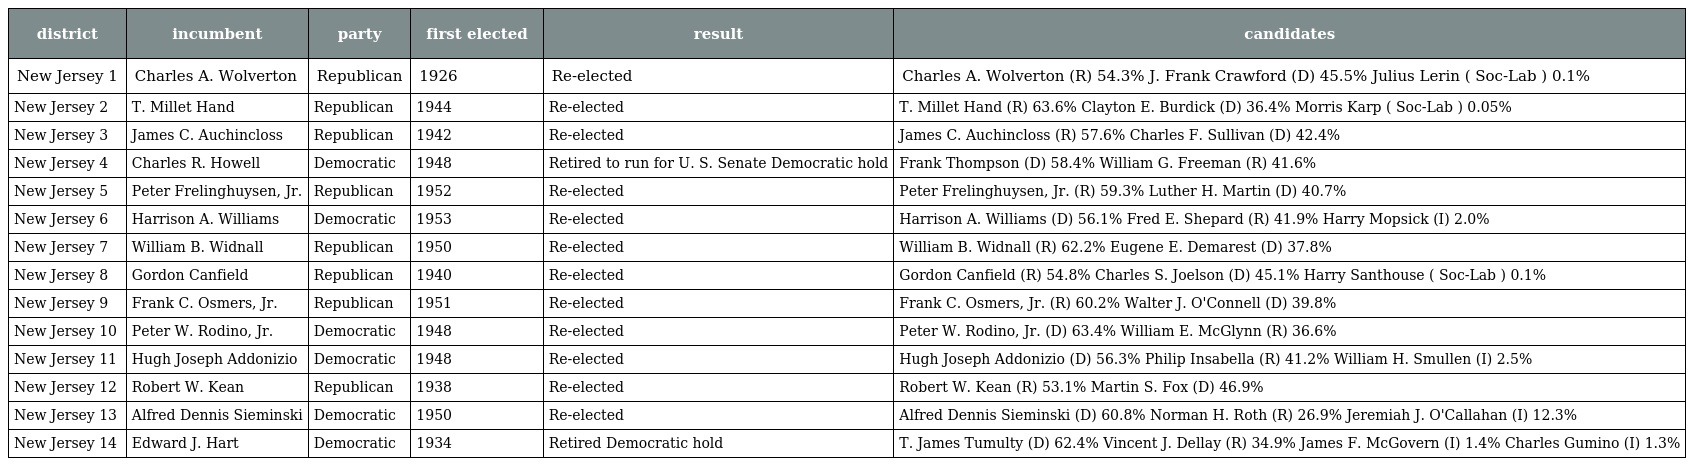
| district | incumbent | party | first elected | result | candidates |
 | --- | --- | --- | --- | --- | --- |
 | New Jersey 1 | Charles A. Wolverton | Republican | 1926 | Re-elected | Charles A. Wolverton (R) 54.3% J. Frank Crawford (D) 45.5% Julius Lerin ( Soc-Lab ) 0.1% |
 | New Jersey 2 | T. Millet Hand | Republican | 1944 | Re-elected | T. Millet Hand (R) 63.6% Clayton E. Burdick (D) 36.4% Morris Karp ( Soc-Lab ) 0.05% |
 | New Jersey 3 | James C. Auchincloss | Republican | 1942 | Re-elected | James C. Auchincloss (R) 57.6% Charles F. Sullivan (D) 42.4% |
 | New Jersey 4 | Charles R. Howell | Democratic | 1948 | Retired to run for U. S. Senate Democratic hold | Frank Thompson (D) 58.4% William G. Freeman (R) 41.6% |
 | New Jersey 5 | Peter Frelinghuysen, Jr. | Republican | 1952 | Re-elected | Peter Frelinghuysen, Jr. (R) 59.3% Luther H. Martin (D) 40.7% |
 | New Jersey 6 | Harrison A. Williams | Democratic | 1953 | Re-elected | Harrison A. Williams (D) 56.1% Fred E. Shepard (R) 41.9% Harry Mopsick (I) 2.0% |
 | New Jersey 7 | William B. Widnall | Republican | 1950 | Re-elected | William B. Widnall (R) 62.2% Eugene E. Demarest (D) 37.8% |
 | New Jersey 8 | Gordon Canfield | Republican | 1940 | Re-elected | Gordon Canfield (R) 54.8% Charles S. Joelson (D) 45.1% Harry Santhouse ( Soc-Lab ) 0.1% |
 | New Jersey 9 | Frank C. Osmers, Jr. | Republican | 1951 | Re-elected | Frank C. Osmers, Jr. (R) 60.2% Walter J. O'Connell (D) 39.8% |
 | New Jersey 10 | Peter W. Rodino, Jr. | Democratic | 1948 | Re-elected | Peter W. Rodino, Jr. (D) 63.4% William E. McGlynn (R) 36.6% |
 | New Jersey 11 | Hugh Joseph Addonizio | Democratic | 1948 | Re-elected | Hugh Joseph Addonizio (D) 56.3% Philip Insabella (R) 41.2% William H. Smullen (I) 2.5% |
 | New Jersey 12 | Robert W. Kean | Republican | 1938 | Re-elected | Robert W. Kean (R) 53.1% Martin S. Fox (D) 46.9% |
 | New Jersey 13 | Alfred Dennis Sieminski | Democratic | 1950 | Re-elected | Alfred Dennis Sieminski (D) 60.8% Norman H. Roth (R) 26.9% Jeremiah J. O'Callahan (I) 12.3% |
 | New Jersey 14 | Edward J. Hart | Democratic | 1934 | Retired Democratic hold | T. James Tumulty (D) 62.4% Vincent J. Dellay (R) 34.9% James F. McGovern (I) 1.4% Charles Gumino (I) 1.3% |